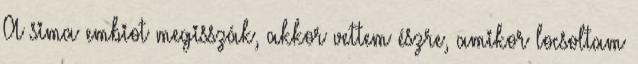
A sima embiot megisszák, akkor vettem észre, amikor locsoltam